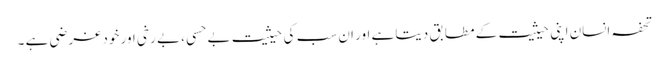
تحفہ انسان اپنی حیثیت کے مطابق دیتا ہے اور ان سب کی حیثیت بے حسی ، بے رخی اور خود غر ضی ہے ۔